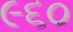
૯૬૦